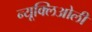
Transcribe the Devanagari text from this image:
न्यूक्लिओली